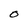
Character: O